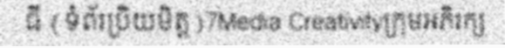
ធី (ទំព័រប្រិយមិត្ត)7Media Creativityក្រុមអភិរក្ស